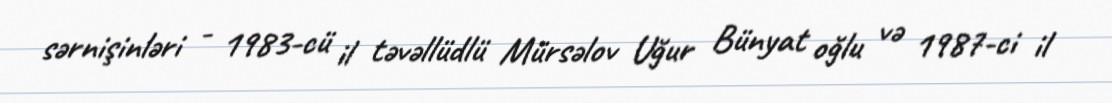
sərnişinləri - 1983-cü il təvəllüdlü Mürsəlov Uğur Bünyat oğlu və 1987-ci il